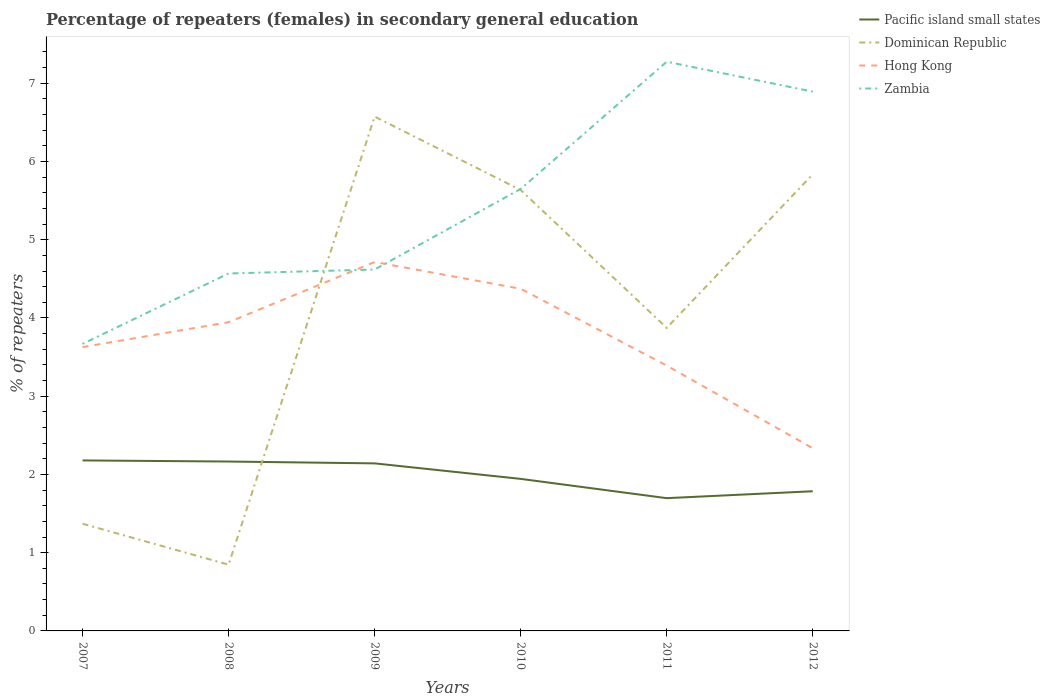
| Years | Pacific island small states | Dominican Republic | Hong Kong | Zambia |
 | --- | --- | --- | --- | --- |
 | 2007 | 2.18 | 1.37 | 3.63 | 3.67 |
 | 2008 | 2.16 | 0.847 | 3.95 | 4.57 |
 | 2009 | 2.14 | 6.57 | 4.72 | 4.62 |
 | 2010 | 1.94 | 5.64 | 4.37 | 5.65 |
 | 2011 | 1.7 | 3.87 | 3.39 | 7.27 |
 | 2012 | 1.79 | 5.84 | 2.33 | 6.89 |